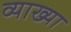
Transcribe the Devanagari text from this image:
व्याख्या